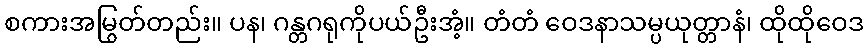
စကားအမြွတ်တည်း။ ပန၊ ဂန္တဂရုကိုပယ်ဦးအံ့။ တံတံ ဝေဒနာသမ္ပယုတ္တာနံ၊ ထိုထိုဝေဒ